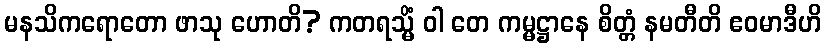
မနသိကရောတော ဖာသု ဟောတိ? ကတရသ္မိံ ဝါ တေ ကမ္မဋ္ဌာနေ စိတ္တံ နမတီတိ ဧဝမာဒီဟိ